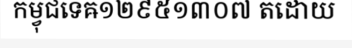
កម្វុជទេឝ១២៩៥១៣០៧ តដោយ